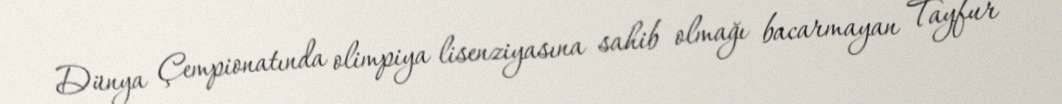
Dünya Çempionatında olimpiya lisenziyasına sahib olmağı bacarmayan Tayfur